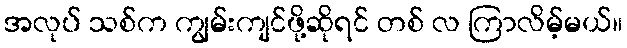
အလုပ် သစ်က ကျွမ်းကျင်ဖို့ဆိုရင် တစ် လ ကြာလိမ့်မယ်။